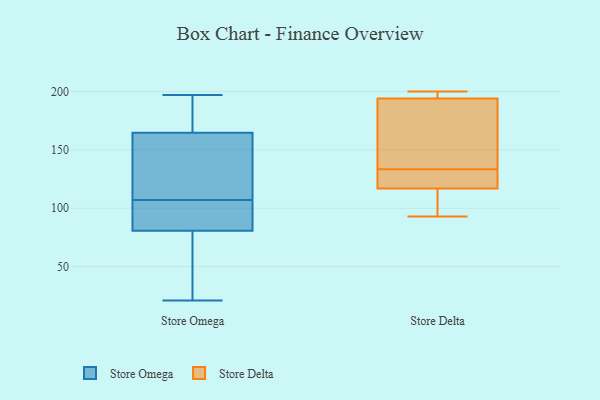
{"axis": {"x": "Operating Costs (USD K)", "y": "Value"}, "legend": ["Store Delta", "Store Omega"], "data": [{"x": "", "y": 62, "type": "Store Omega"}, {"x": "", "y": 162, "type": "Store Omega"}, {"x": "", "y": 98, "type": "Store Omega"}, {"x": "", "y": 106, "type": "Store Omega"}, {"x": "", "y": 173, "type": "Store Omega"}, {"x": "", "y": 100, "type": "Store Omega"}, {"x": "", "y": 57, "type": "Store Omega"}, {"x": "", "y": 77, "type": "Store Omega"}, {"x": "", "y": 131, "type": "Store Omega"}, {"x": "", "y": 111, "type": "Store Omega"}, {"x": "", "y": 133, "type": "Store Omega"}, {"x": "", "y": 173, "type": "Store Omega"}, {"x": "", "y": 197, "type": "Store Omega"}, {"x": "", "y": 107, "type": "Store Omega"}, {"x": "", "y": 193, "type": "Store Omega"}, {"x": "", "y": 82, "type": "Store Omega"}, {"x": "", "y": 21, "type": "Store Omega"}, {"x": "", "y": 117, "type": "Store Delta"}, {"x": "", "y": 119, "type": "Store Delta"}, {"x": "", "y": 188, "type": "Store Delta"}, {"x": "", "y": 194, "type": "Store Delta"}, {"x": "", "y": 93, "type": "Store Delta"}, {"x": "", "y": 120, "type": "Store Delta"}, {"x": "", "y": 147, "type": "Store Delta"}, {"x": "", "y": 200, "type": "Store Delta"}, {"x": "", "y": 200, "type": "Store Delta"}, {"x": "", "y": 115, "type": "Store Delta"}]}